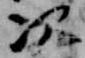
次